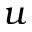
u